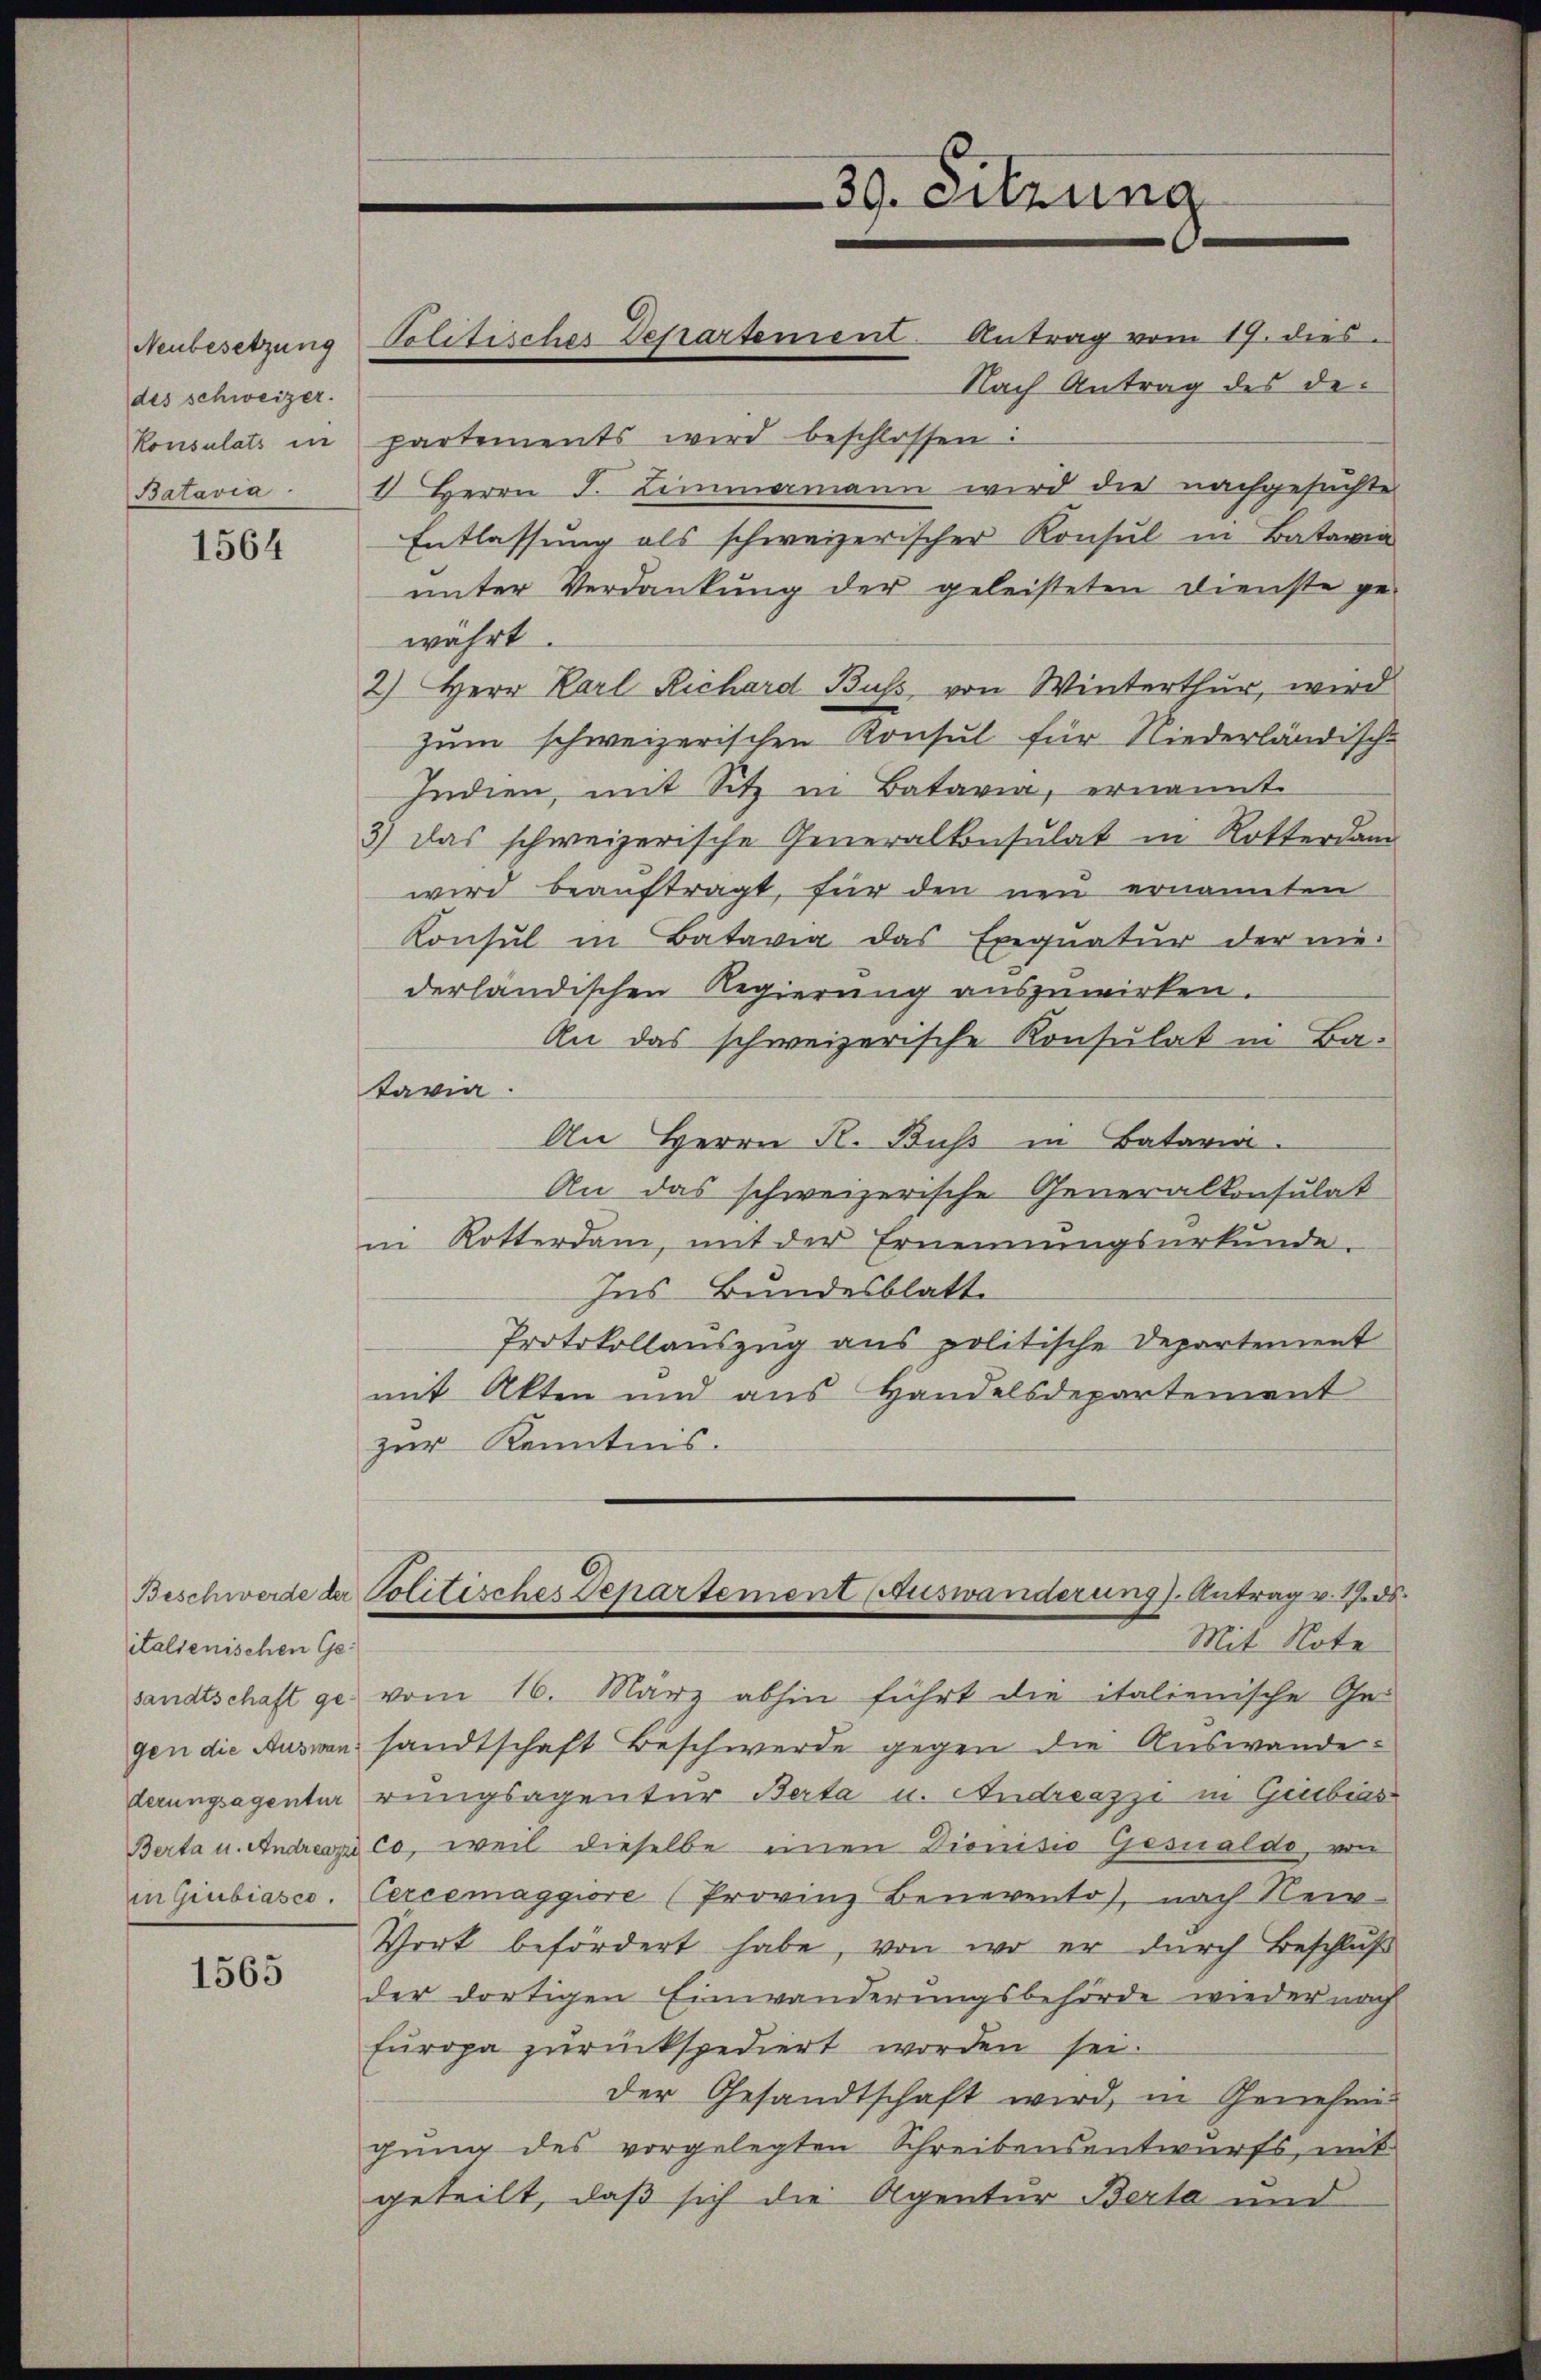
Neubesetzung
des schweizer.

1564

italienischen Gegen die Auswan¬

1565

Nach Antrag des de¬
Konsulats in partements wird beschlossen:
Batavia 1 Herrn F. Limmermann wird die nachgesuchte
Entlassung als schweizerischer Konsul in Batavia
unter Verdankung der geleisteten Dienste ge-
währt.
2.) Herr Karl Richard Buss von Winterthur, wird
zum schweizerischen Konsul für Niederländisch-
Indien, mit Sitz in Batavia, ernannt.
3) das schweizerische Generalkonsulat in Rotterdam
wird beauftragt, für den neu ernannten
Konsul in Batavia das Exequatur der nie-
derländischen Regierung auszuwirken.
An das schweizerische Konsulat in Ba-
tavia
An Herrn R. Bus in Bataria.
An das schweizerische Generalkonsulat
nn Rotterdam, mit der Ernennungsurkunde.
Ins Bundesblatt.
Protokollauszug aus politische Departement
mit Akten und aus Handelsdepartement
zur Kenntnis.
Beschwerde der Politisches Departement Auswanderung). Antrag v. 17. ds
Mit Note
sandtschaft ge- vom 16. März abhin führt die italienische Ge-
sandtschaft Beschwerde gegen die Auswandederungsagentur rungsagentur Berta u. Andreazzi in Giebis
Berta u. Andreaz co, weil dieselbe einen Dionisio Gesualde, von
in Giubiasco. Cercemaggiore (Provinz Benevento, nach Rei
Wort befördert habe, von wo er durch Beschluß
der dortigen Einwanderungsbehörde wieder nach
Europa zurückspediert worden sei.
der Gesandtschaft wird, in Genehmigung des vorgelegten Schreibensentwurfs, mit
geteilt, daß sich die Agentur Berta und

Politisches Departement Antrag vom 17. dies

39. Sitzung